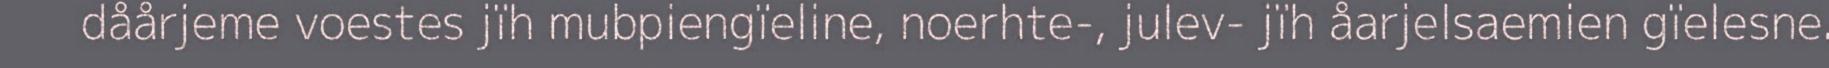
dåårjeme voestes jïh mubpiengïeline, noerhte-, julev- jïh åarjelsaemien gïelesne.